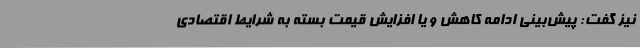
نیز گفت: پیش‌بینی ادامه کاهش و یا افزایش قیمت بسته به شرایط اقتصادی